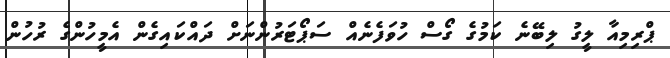
ޕްރިމިއާ ލީގު ލިބޭނެ ކަމުގެ ގޯސް ހުވަފެނެއް ސަޕޯޓަރުންނަށް ދައްކައިގެން އެމީހުންގެ ރުހުން